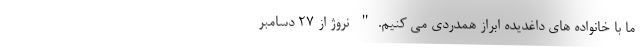
ما با خانواده های داغدیده ابراز همدردی می کنیم." نروژ از 27 دسامبر